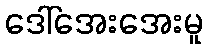
ဒေါ်အေးအေးမူ